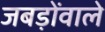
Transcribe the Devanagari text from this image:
जबड़ोंवाले